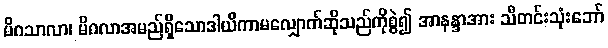
မိဂသာလာ၊ မိဂလာအမည်ရှိသောဒါယိကာမလျှောက်ဆိုသည်ကိုစွဲ၍ အာနန္ဒာအား သီတင်းသုံးဘော်